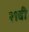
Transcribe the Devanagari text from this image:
२९वी